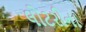
લોટરીના